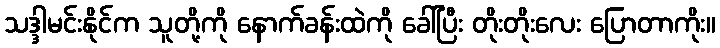
သဒ္ဒါမင်းနိုင်က သူတို့ကို နောက်ခန်းထဲကို ခေါ်ပြီး တိုးတိုးလေး ပြောတာကိုး။